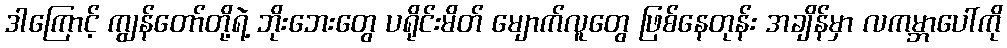
ဒါကြောင့် ကျွန်တော်တို့ရဲ့ ဘိုးဘေးတွေ ပရိုင်းမိတ် မျောက်လူတွေ ဖြစ်နေတုန်း အချိန်မှာ လကမ္ဘာပေါ်ကို